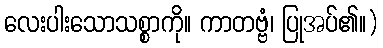
လေးပါးသောသစ္စာကို။ ကာတဗ္ဗံ၊ ပြုအပ်၏။)